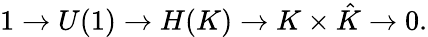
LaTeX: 1\to U(1)\to H(K)\to K\times{\hat{K}}\to 0.